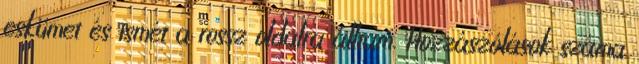
eskümet és ismét a rossz oldalra álltam. Hozzászólások száma